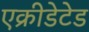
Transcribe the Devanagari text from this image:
एक्रीडेटेड